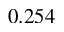
0 . 2 5 4